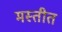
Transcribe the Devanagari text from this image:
मस्तीत